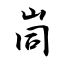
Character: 峝